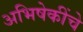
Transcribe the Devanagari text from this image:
अभिषेकींचे